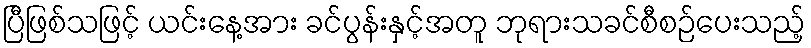
ပြီဖြစ်သဖြင့် ယင်းနေ့အား ခင်ပွန်းနှင့်အတူ ဘုရားသခင်စီစဉ်ပေးသည့်